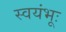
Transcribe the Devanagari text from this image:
स्वयंभूः